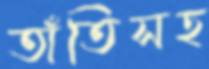
তাঁতিসহ